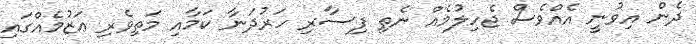
ދެން އިވުނީ އެއްވެސް ޖެހިލުމެއް ނެތި ފިސާރި ހަރުދަނާ ކަމާއި މަތިވެރި ޢަޒުމެއްގައި